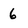
Character: 6